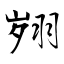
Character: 翙